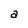
Character: a